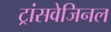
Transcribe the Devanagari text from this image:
ट्रांसवेजिनल